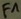
Text: F1